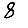
Digit: 8